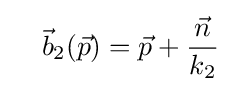
\quad {\vec {b}}_{2}({\vec {p}})={\vec {p}}+{\frac {\vec {n}}{k_{2}}}\